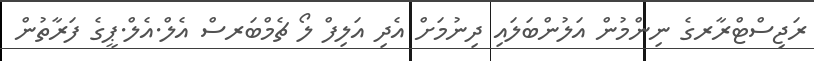
ރަޖިސްޓްރާރގެ ނިންމުން އަލުންބަލައި ދިނުމަށް އެދި އަލިފް ލޯ ޗެމްބަރސް އެލް.އެލް.ޕީގެ ފަރާތުން